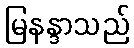
မြနန္ဒာသည်